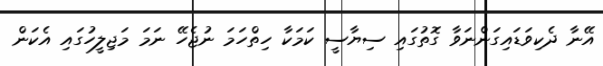
އޭނާ ދެކިވަޑައިގަންނަވާ ގޮތުގައި ސިޔާސީ ކަމަކާ ހިތްހަމަ ނުޖެހޭ ނަމަ މަޖިލީހުގައި އެކަން